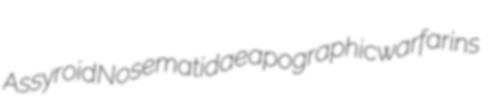
Assyroid Nosematidae apographic warfarins